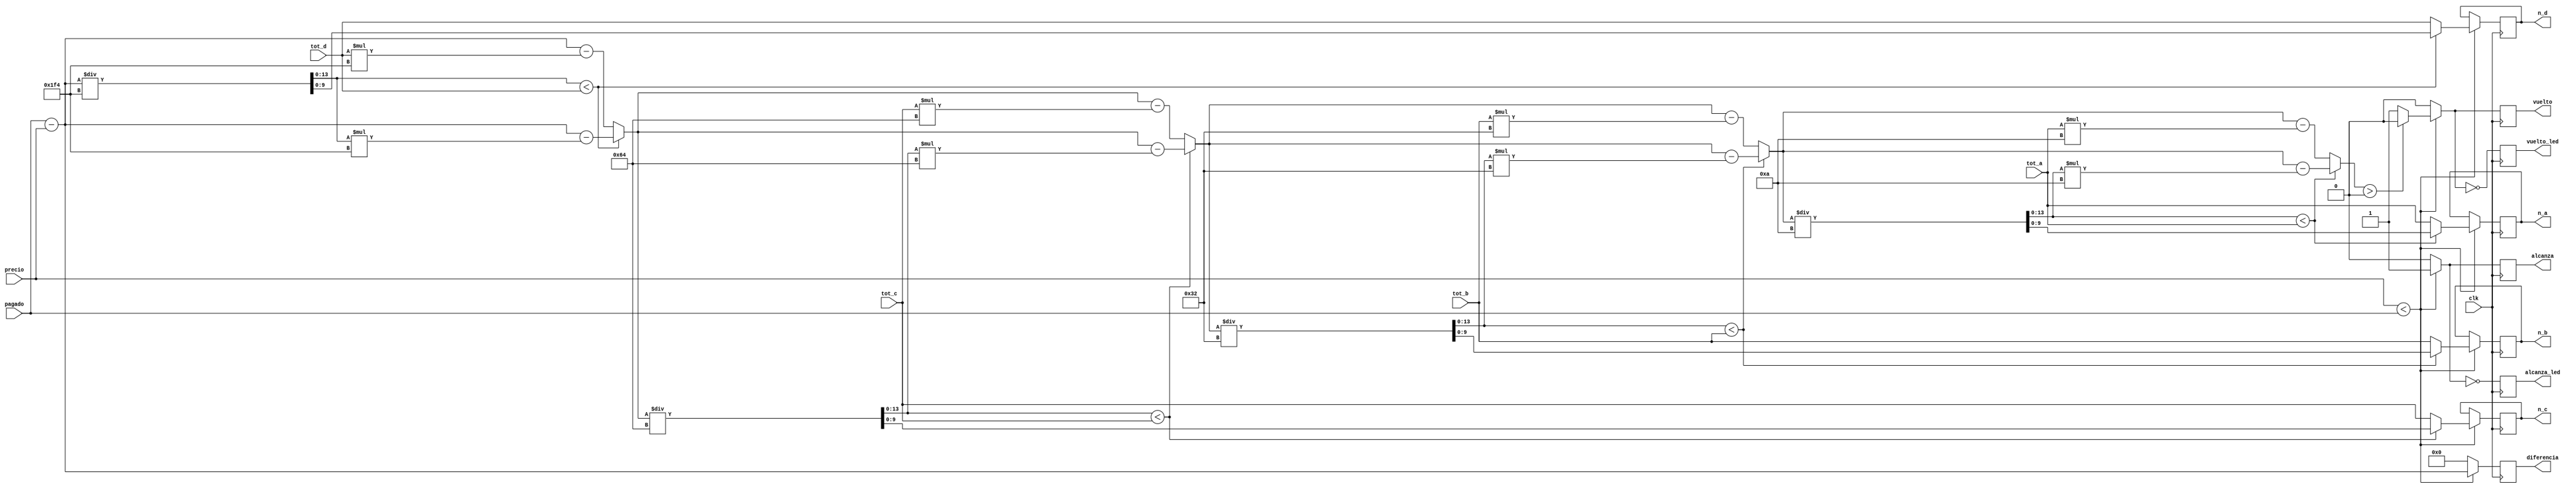
`timescale 1ns / 1ps
//////////////////////////////////////////////////////////////////////////////////
// Company: 
// Engineer: 
// 
// Design Name: 
// Module Name: vuleto
// Project Name: 
// Target Devices: 
// Tool Versions: 
// Description: 
// 
// Dependencies: 
// 
// Revision:
// Revision 0.01 - File Created
// Additional Comments:
// 
//////////////////////////////////////////////////////////////////////////////////


  module vuelto(
    input clk,
    input [13:0] precio,
    input [13:0] pagado,
    //totales desde la mquina
    input [9:0] tot_a, //10
    input [9:0] tot_b, //50
    input [9:0] tot_c, //100
    input [9:0] tot_d, //500
    output reg [9:0] n_a,
    output reg [9:0] n_b,
    output reg [9:0] n_c,
    output reg [9:0] n_d,
    output reg alcanza,
    output reg alcanza_led,
    output reg vuelto,
    output reg vuelto_led,
    output reg [13:0] diferencia
    );
    
    reg  [13:0] num_a;
    reg  [13:0] num_b;
    reg  [13:0] num_c;
    reg  [13:0] num_d;
    reg [9:0] goal_am;
    reg [13:0] diff_aux; //diferencia capaz de entregar segn el stock de monedas
    
    initial begin 
    goal_am = 5;
    num_a = 0;
    vuelto = 0; //no hay vuelto al ppio.
    vuelto_led = 1;
    alcanza = 0; //no alcanza al ppio.
    alcanza_led = 1;
    end
    
    
    always@(posedge clk)begin
        
        if(precio<pagado)begin
        diferencia = pagado-precio;
        num_d = (diferencia/500);
        diff_aux = num_d<tot_d? diferencia - num_d*500 :diferencia - tot_d*500 ;
        n_d = num_d<tot_d? num_d:tot_d;
        num_c = (diff_aux/100);
        diff_aux = num_c<tot_c? diff_aux - num_c*100 :diff_aux - tot_c*100 ;
        n_c = num_c<tot_c? num_c:tot_c;
        num_b = (diff_aux/50);
        diff_aux = num_b<tot_b? diff_aux - num_b*50 :diff_aux - tot_b*50;
        n_b = num_b<tot_b? num_b:tot_b;
        num_a = (diff_aux/10);
        diff_aux = num_a<tot_a? diff_aux - num_a*10 :diff_aux - tot_a*10 ;
        n_a = num_a<tot_a? num_a:tot_a;
        vuelto = diff_aux>0? 0:1;
        alcanza = 1;
        end
        else begin
            diferencia = 0;
            alcanza = 0;
            vuelto = 0;
        end
        alcanza_led = ~alcanza;
        vuelto_led = ~vuelto;
        end
endmodule